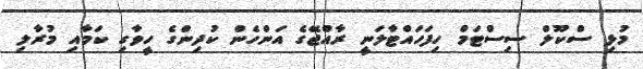
މުޅި ސްކޫލް ސިސްޓަމް ހިފަހައްޓާލަނީ ރާއްޖޭގެ އަންހެން ކުދިންގެ ހީވާގި ކަމާއި މުރާލި